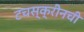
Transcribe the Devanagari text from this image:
टचस्क्रीनची